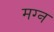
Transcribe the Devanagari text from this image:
मग्‍न